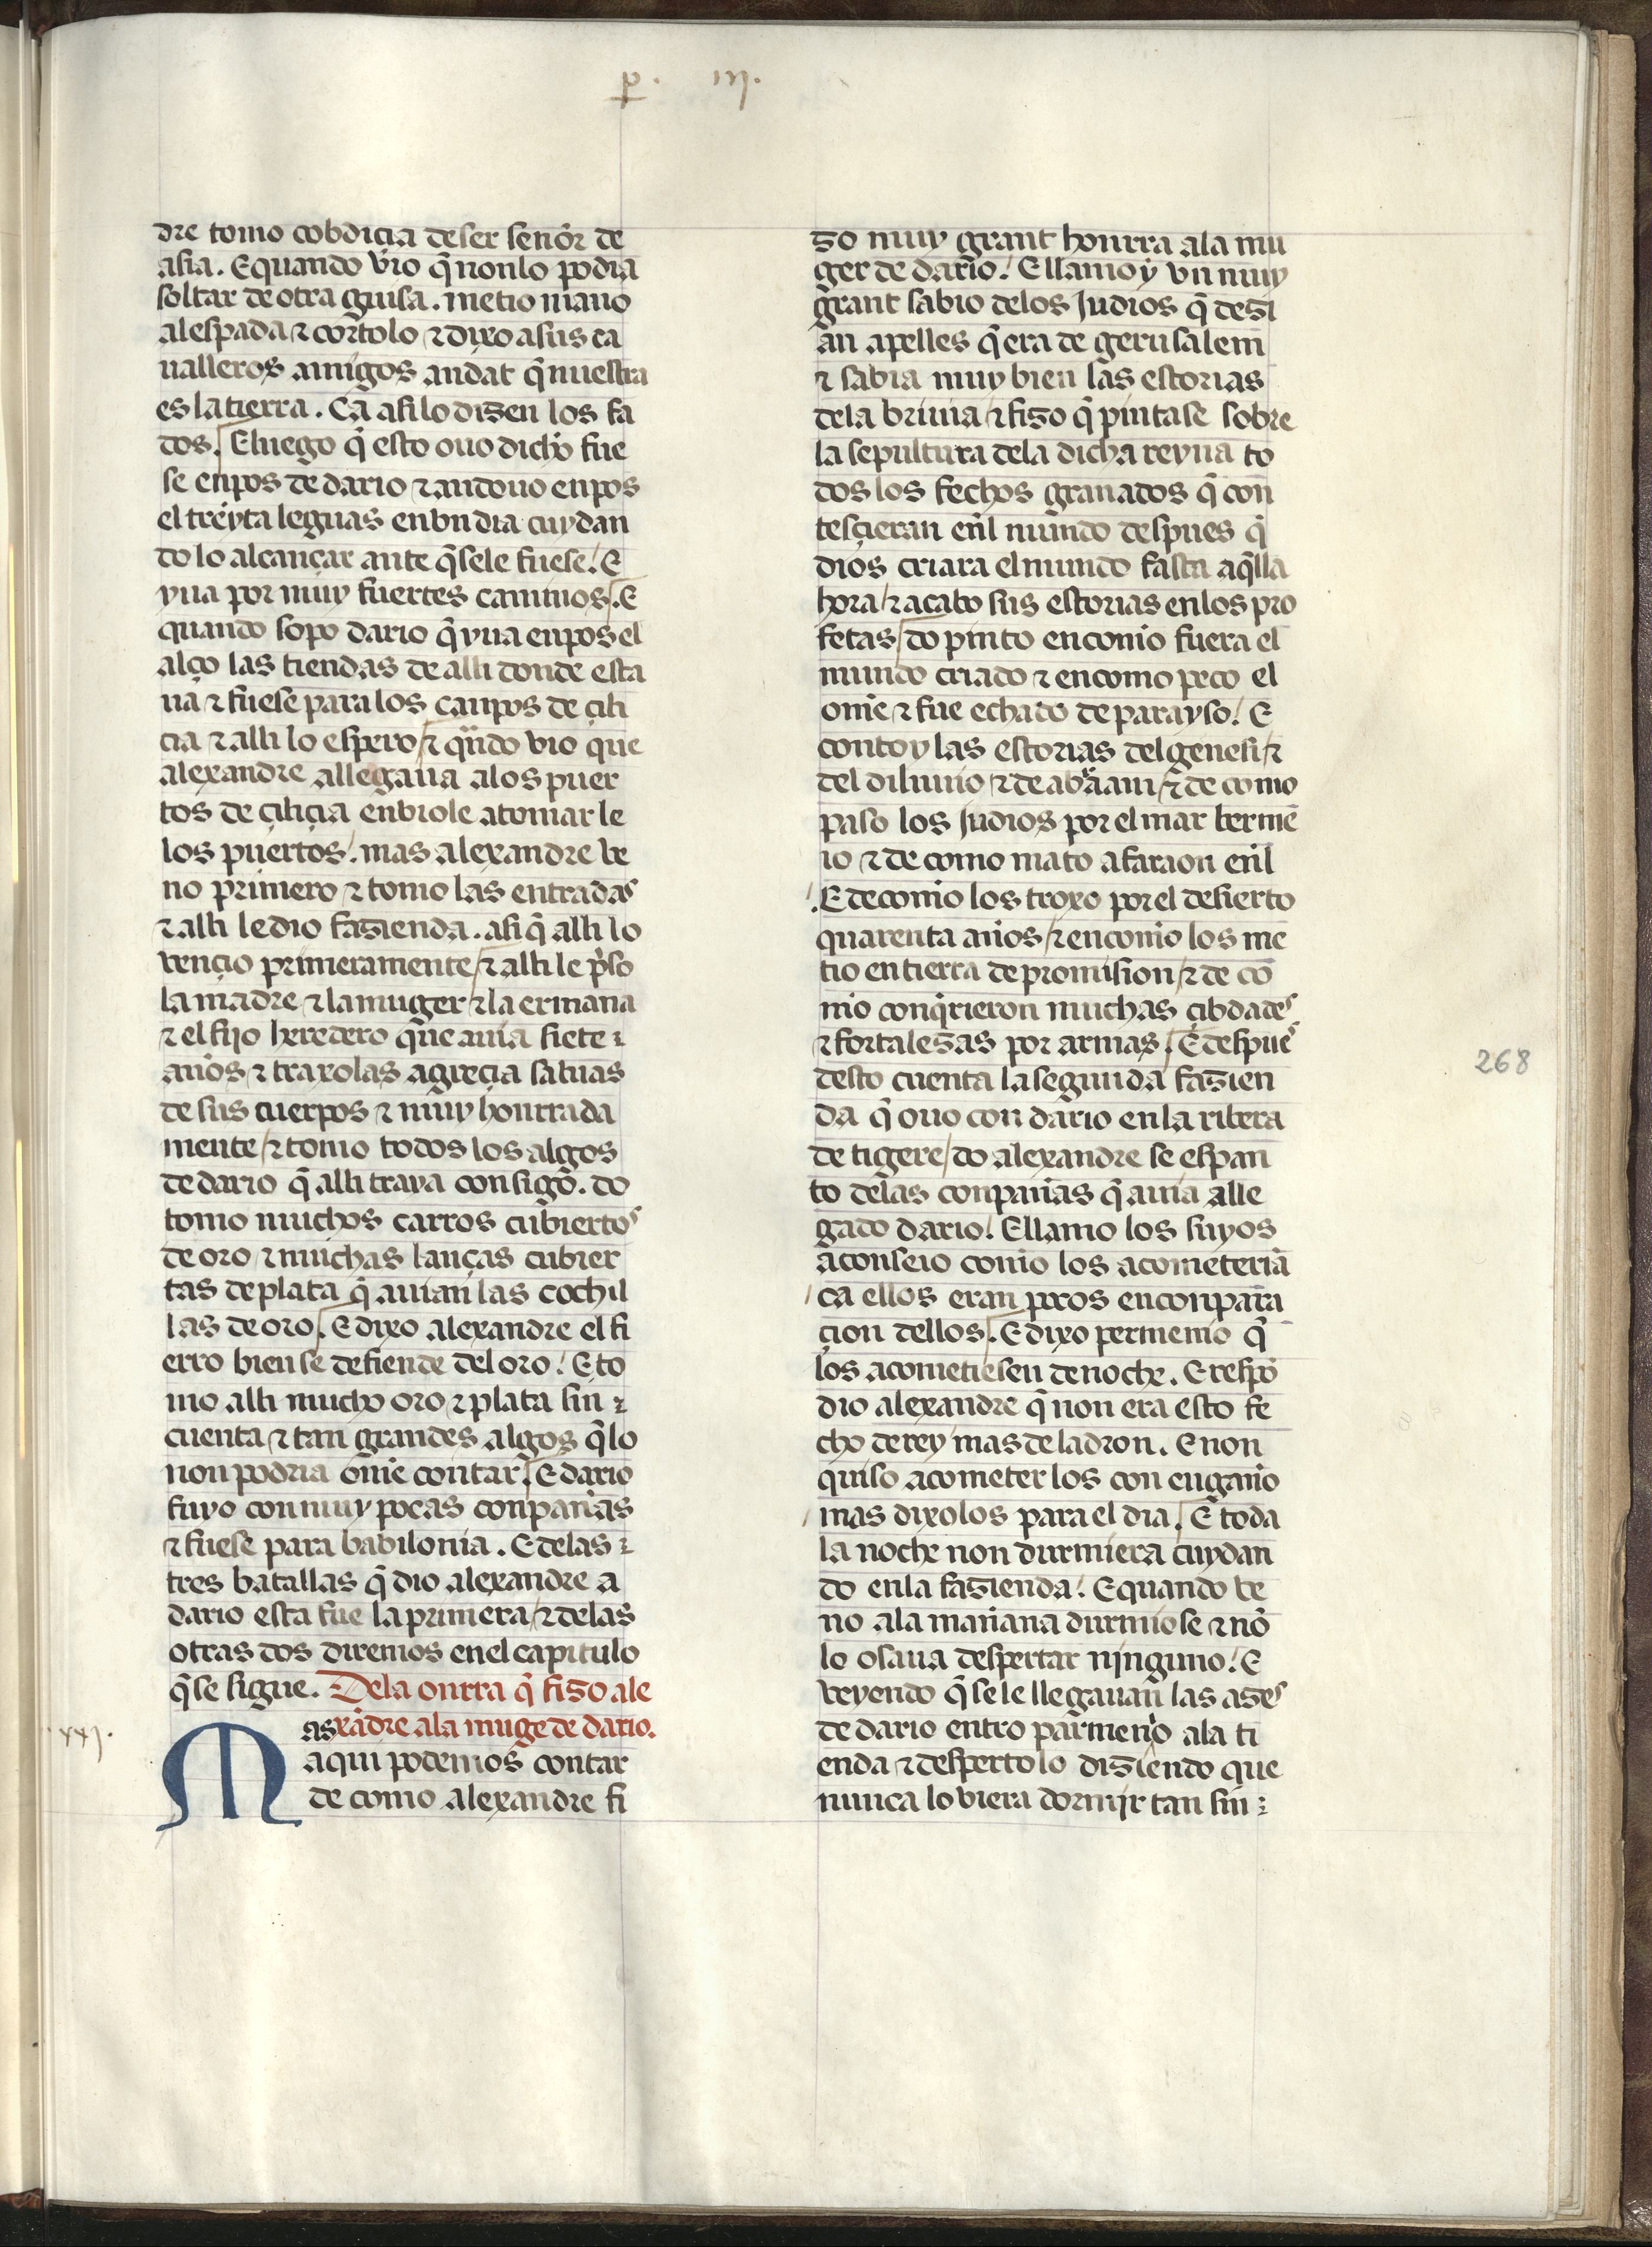
Shelfmark: Madrid, Fundación Lázaro Galdiano, mss 289
Century: 15